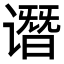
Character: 谮